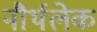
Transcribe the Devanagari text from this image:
नौर्थलेक